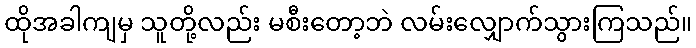
ထိုအခါကျမှ သူတို့လည်း မစီးတော့ဘဲ လမ်းလျှောက်သွားကြသည်။